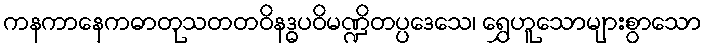
ကနကာနေကဓာတုသတတဝိနဒ္ဓပဝိမဏ္ဍိတပ္ပဒေသေ၊ ရွှေဟူသောများစွာသော